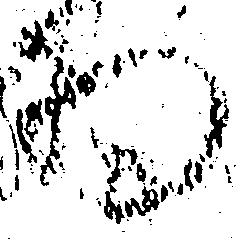
為